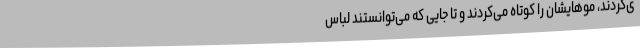
ی‌کردند، موهایشان را کوتاه می‌کردند و تا جایی که می‌توانستند لباس